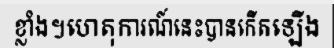
ខ្លាំង។ហេតុការណ៍នេះបានកើតឡើង